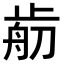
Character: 𣦃